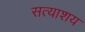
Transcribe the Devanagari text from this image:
सत्याशय